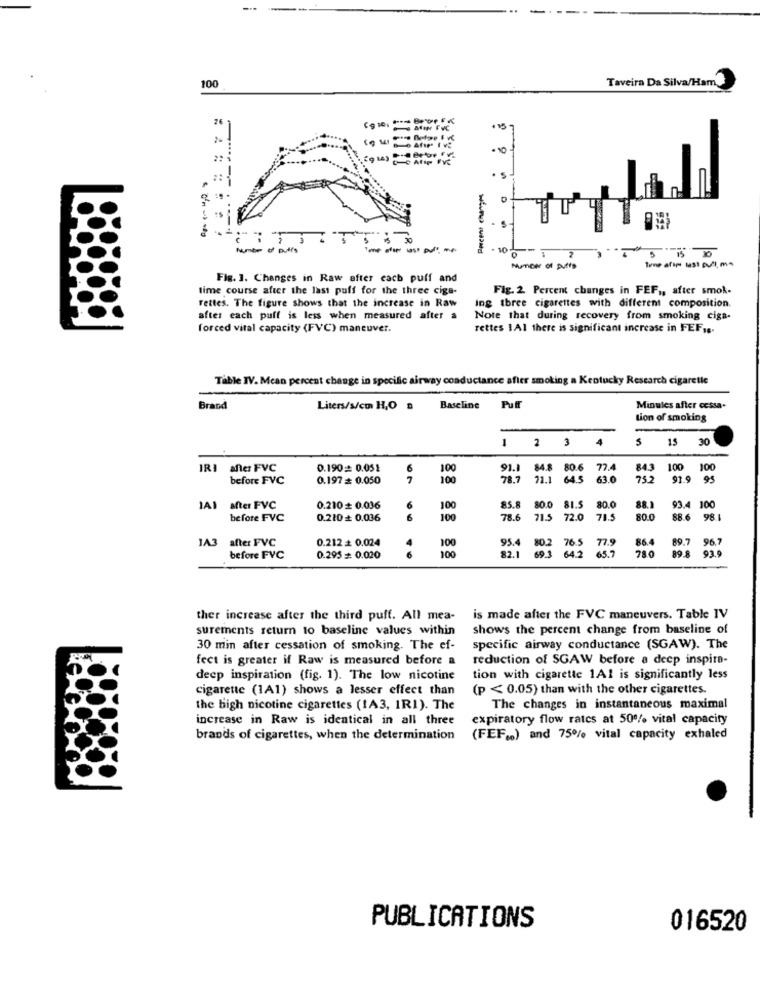
-..
100
Taveira Da Silva/Ham
26
+ 15
i've
10
Percent changes
. .
-----
. 10
15
Fig. 1. Changes in Raw after each puff and
time course after the last puff for the three ciga-
Fig. 2. Percent changes in FEF ,, after smok-
rettes. The figure shows that the increase in Raw
ing three cigarettes with different composition.
after each puff is less when measured after a
Note that during recovery from smoking ciga-
forced vital capacity (FVC) maneuver.
rettes 1Al there is significant increase in FEF ...
Table IV. Mean percent change in specific airway conductance after smoking a Kentucky Research cigarette
Brand
Liters/s/cm H,O a
Baseline
Puff
Minutes after cessa-
tion of smoking
1
2 3
4
5
15
30
IRI after FVC
0.190 0.051
6
100
91.1
84.8
80.6
77.4
84.3
100
100
before FVC
0.197 = 0.050
7
100
78.7
21.1
645
63.0
75.2
91.9
95
after FVC
0.210+ 0.036
6
100
85.8 80.0 81.5
81.5
80.0
88.1
93.4 100
before FVC
0.210 + 0.036
6
100
78.6
71.5 72.0
71.5
80.0
88.6 98.1
1A3 after FVC
0.212 + 0.024
100
95.4 80.2 76.5 77.9
86.4
89.7
96.7
4
6
80.2
65. 7
780
93.9
before FVC
0.295 = 0.020
100
82.1
69.3 64.2 65.7
89.8
ther increase after the third puff. All mea-
is made after the FVC maneuvers. Table IV
surements return to baseline values within
shows the percent change from baseline of
30 min after cessation of smoking. The ef-
specific airway conductance (SGAW). The
fect is greater if Raw is measured before a
reduction of SGAW before a deep inspire-
deep inspiration (fig. 1). The low nicotine
tion with cigarette 1A1 is significantly less
cigarette (1A1) shows a lesser effect than
(p < 0.05) than with the other cigarettes.
the high nicotine cigarettes (1A3, 1R1). The
The changes in instantaneous maximal
increase in Raw is identical in all three
expiratory flow ratcs at 50% vital capacity
brands of cigarettes, when the determination
(FEF .. ) and 75% vital capacity exhaled
PUBLICATIONS
016520